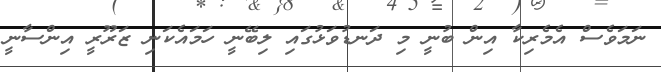
ނަމަވެސް އެމެރިކާ އިން ބުނީ މި ދަނޑުވަޅުގައި ލިބޭނީ ހަމައެކަނި ޒަރޫރީ އިންސާނީ